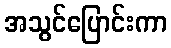
အသွင်ပြောင်းကာ